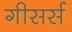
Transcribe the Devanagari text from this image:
गीसर्स